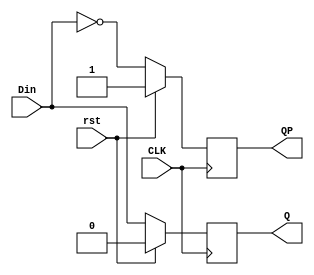
`timescale 1ns / 1ps
//////////////////////////////////////////////////////////////////////////////////
//  
// Made by: Ali Nowrouzi and Ahmad Foroughi 
// 
//////////////////////////////////////////////////////////////////////////////////
module dff (Q , QP, CLK , Din, rst);
	input CLK,Din,rst;
	output Q , QP;
	reg Q , QP;
	
	initial 
		begin
			Q = 1'b0; 
			QP = 1'b1;
	   end
	
	always @ (posedge CLK ) 
			begin
			  if(rst) begin
					Q = 1'b0;
					QP= 1'b1;
			  end else begin
					Q = Din;
					QP = ~Din;
			  end
			end
endmodule